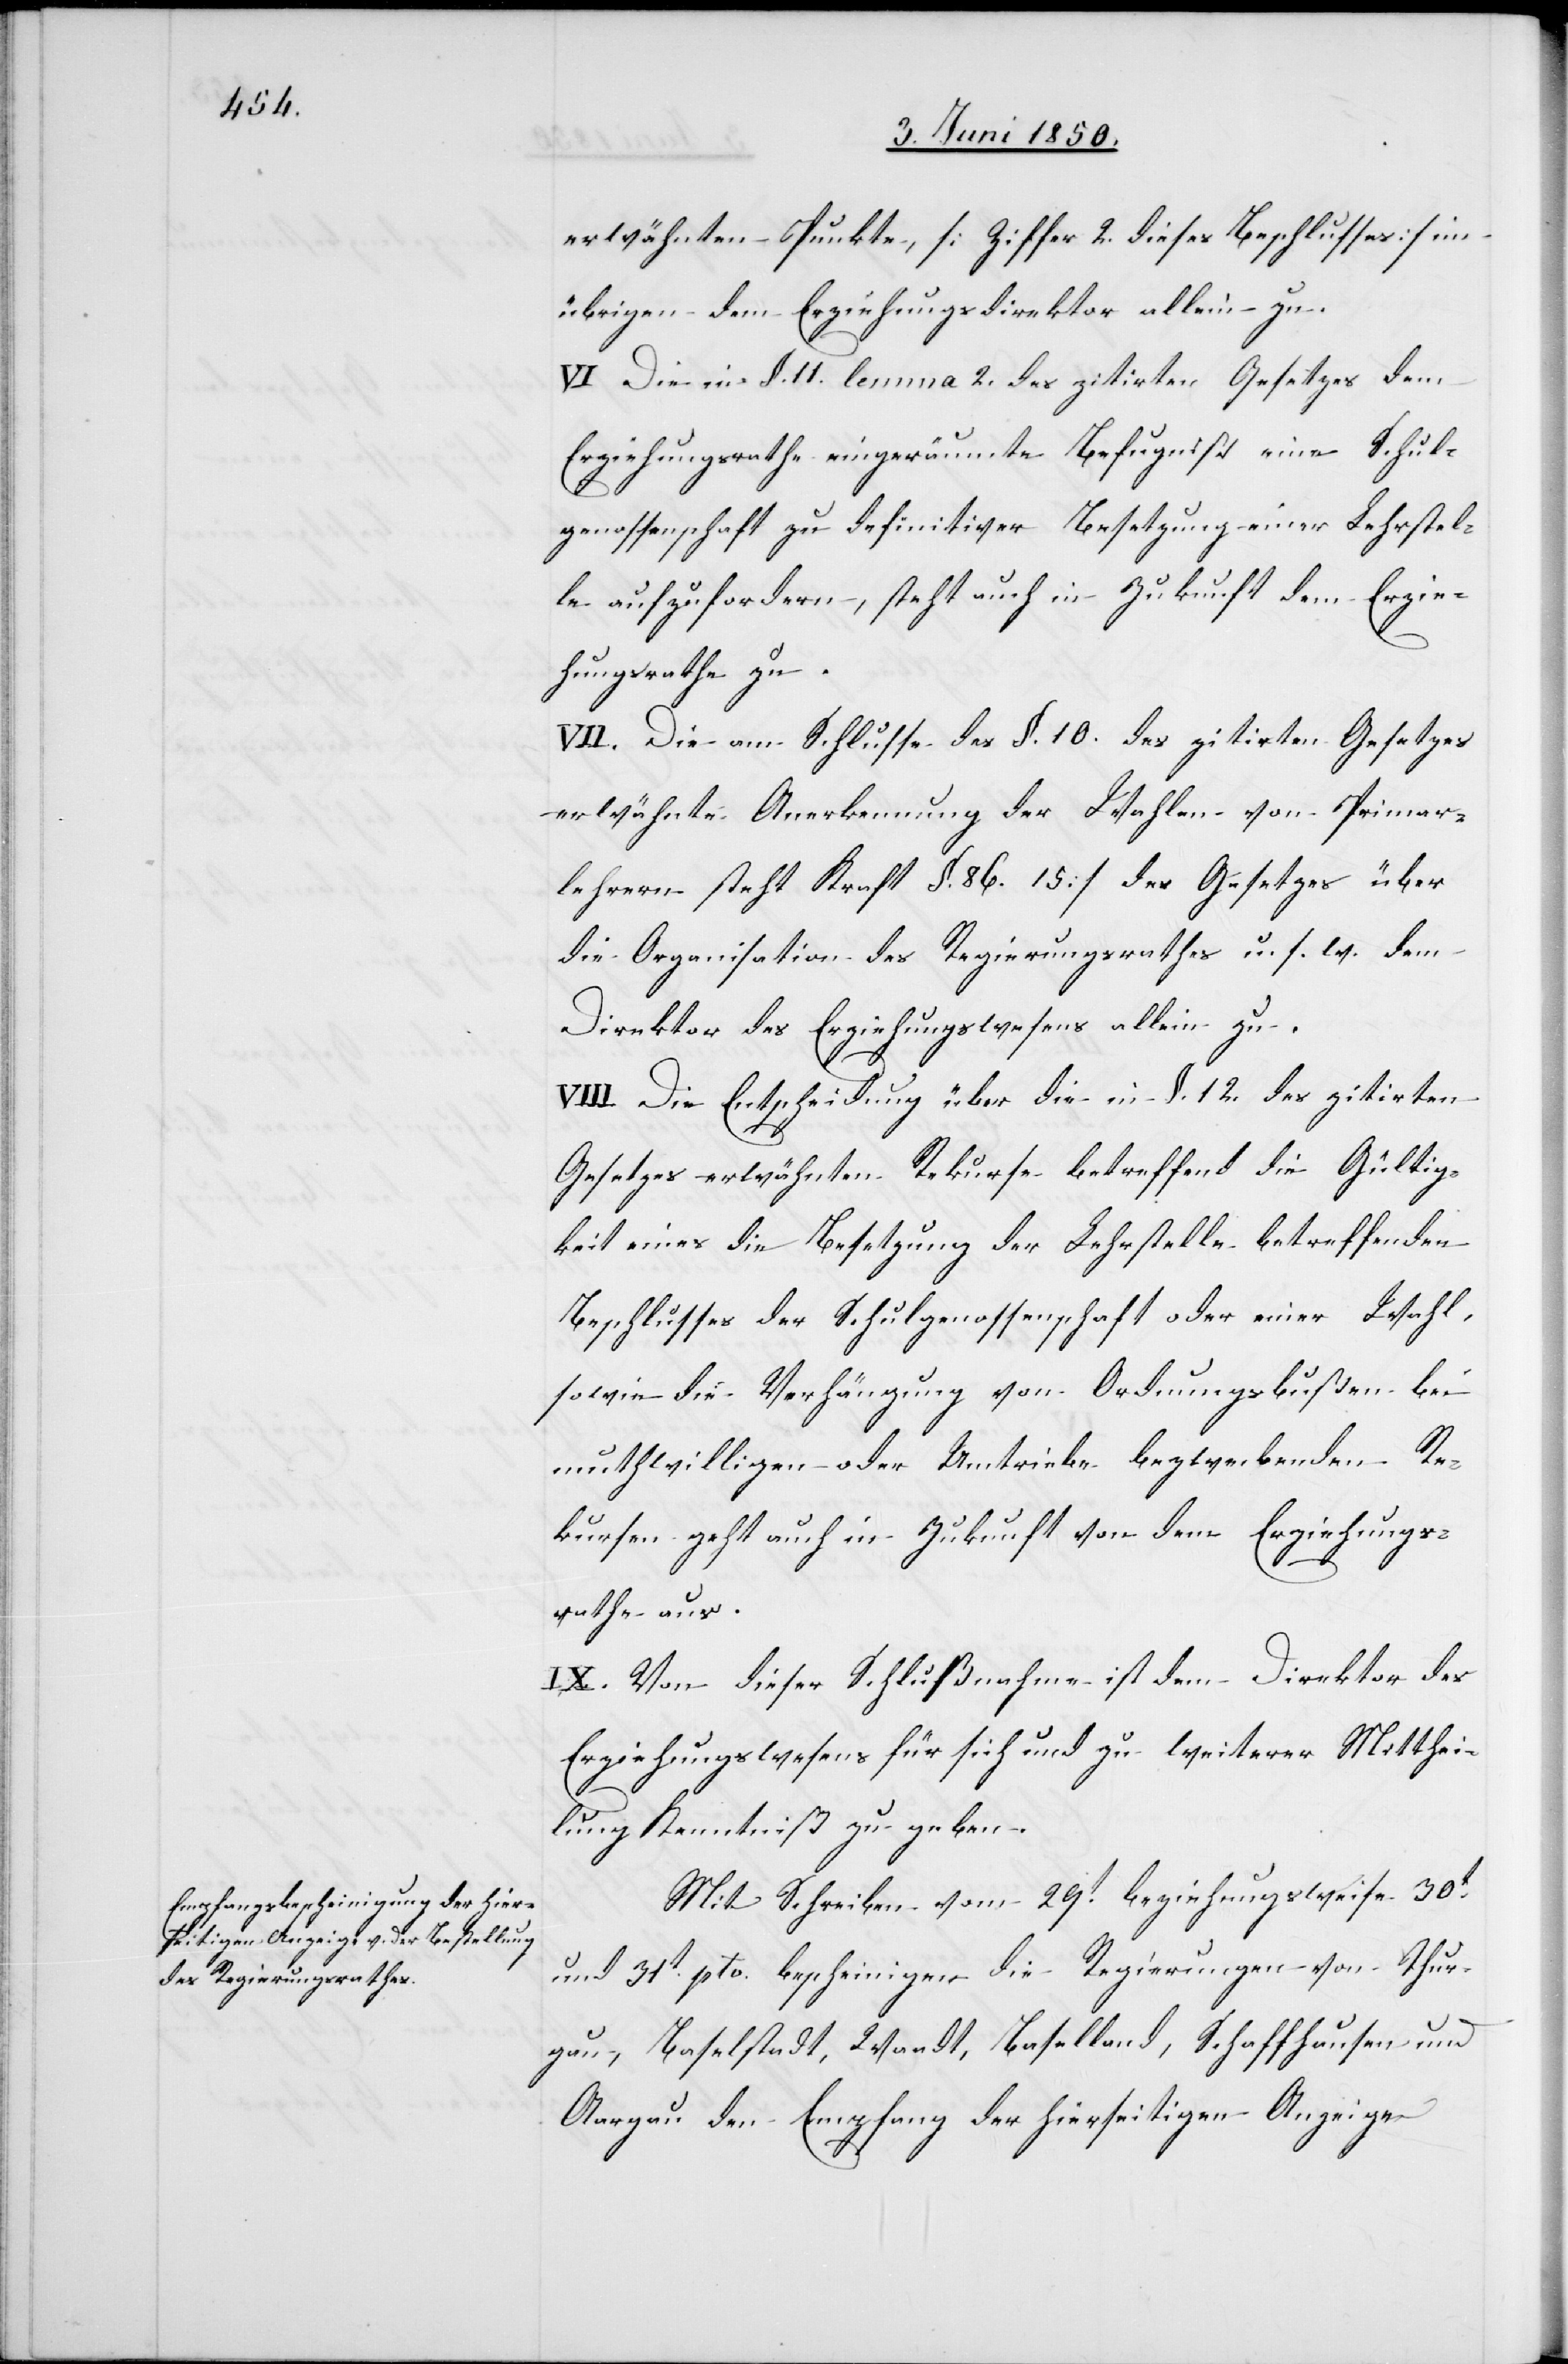
Mit Schreiben vom 29t beziehungsweise 30t
und 31t pto. bescheinigen die Regierungen von Thur¬
gau, Baselstadt, Waadt, Baselland, Schaffhausen und
Aargau den Empfang der hierseitigen Anzeige